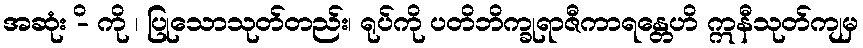
အဆုံး -ိ ကို ၊ ပြုသောသုတ်တည်း၊ ရုပ်ကို ပတိဘိက္ခုရာဇီကာရန္တေဟိ ဣနီသုတ်ကျမှ